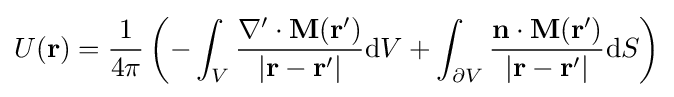
U(\mathbf {r} )={\frac {1}{4\pi }}\left(-\int _{V}{\frac {\nabla '\cdot \mathbf {M} (\mathbf {r} ')}{|\mathbf {r} -\mathbf {r} '|}}\mathrm {d} V+\int _{\partial V}{\frac {\mathbf {n} \cdot \mathbf {M} (\mathbf {r} ')}{|\mathbf {r} -\mathbf {r} '|}}\mathrm {d} S\right)